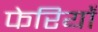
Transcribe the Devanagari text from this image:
फेरियाँ